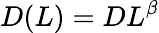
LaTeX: D(L)=DL^{\beta}